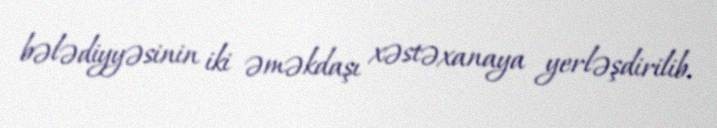
bələdiyyəsinin iki əməkdaşı xəstəxanaya yerləşdirilib.